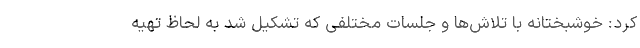
کرد: خوشبختانه با تلاش‌ها و جلسات مختلفی که تشکیل شد به لحاظ تهیه